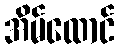
အိမ်ထောင်